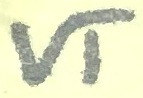
Text: VT